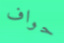
حواف